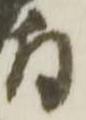
付